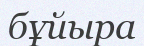
бұйыра